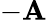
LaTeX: -\mathbf{A}